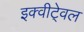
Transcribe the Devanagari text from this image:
इक्वीटे्वल